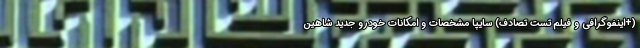
(+اینفوگرافی و فیلم تست تصادف) سایپا مشخصات و امکانات خودرو جدید شاهین